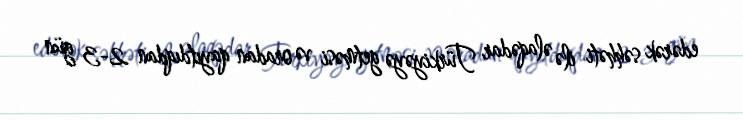
edərək səhhəti ilə əlaqədar Türkiyəyə getməsi və oradan qayıtdıqdan 2-3 gün